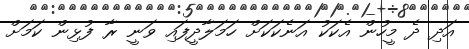
އަދި ދެ މީހުން އެކަކު އަނެކަކަށް ހަމަލާދީފައި ވަނީ ރާ ފުޅިން ކަމަށް